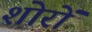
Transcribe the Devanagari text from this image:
शोरों